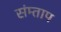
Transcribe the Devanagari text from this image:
संम्ताप